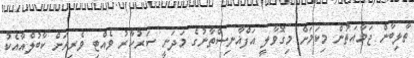
ތާލިބާން ޖަމާއަތުން މިކަމަށް މިގޮވާލީ އަފްޣާނިސްތާނުގެ މަދަނީ ސަރުކާރު ވެއްޓި ވެރިރަށް ކާބުލްއާއެކު